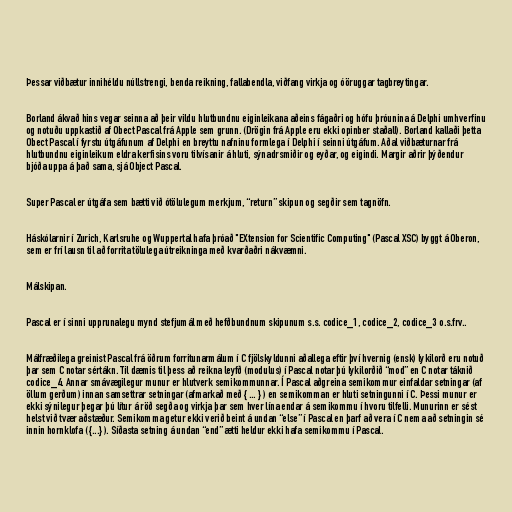
Þessar viðbætur innihéldu núllstrengi, benda reikning, fallabendla, viðfang virkja og óöruggar tagbreytingar.

Borland ákvað hins vegar seinna að þeir vildu hlutbundnu eiginleikana aðeins fágaðri og hófu þróunina á Delphi umhverfinu
og notuðu uppkastið af Obect Pascal frá Apple sem grunn. (Drögin frá Apple eru ekki opinber staðall). Borland kallaði þetta
Obect Pascal í fyrstu útgáfunum af Delphi en breyttu nafninu formlega í Delphi í seinni útgáfum. Aðal viðbæturnar frá
hlutbundnu eiginleikum eldra kerfisins voru tilvísanir á hluti, sýnadrsmiðir og eyðar, og eigindi. Margir aðrir þýðendur
bjóða uppa á það sama, sjá Object Pascal.

Super Pascal er útgáfa sem bætti við ótölulegum merkjum, “return” skipun og segðir sem tagnöfn.

Háskólarnir í Zurich, Karlsruhe og Wuppertal hafa þróað "EXtension for Scientific Computing" (Pascal XSC) byggt á Oberon,
sem er frí lausn til að forrita tölulega útreikninga með kvarðaðri nákvæmni.

Málskipan.

Pascal er í sinni upprunalegu mynd stefjumál með hefðbundnum skipunum s.s. codice_1, codice_2, codice_3 o.s.frv..

Málfræðilega greinist Pascal frá öðrum forritunarmálum í C fjölskyldunni aðallega eftir því hvernig (ensk) lykilorð eru notuð
þar sem C notar sértákn. Til dæmis til þess að reikna leyfð (modulus) í Pascal notar þú lykilorðið “mod” en C notar táknið
codice_4. Annar smávægilegur munur er hlutverk semikommunnar. Í Pascal aðgreina semikommur einfaldar setningar (af
öllum gerðum) innan samsettrar setningar (afmarkað með { ... } ) en semikomman er hluti setningunni í C. Þessi munur er
ekki sýnilegur þegar þú lítur á röð segða og virkja þar sem hver lína endar á semikommu í hvoru tilfelli. Munurinn er sést
helst við tvær aðstæður. Semikomma getur ekki verið beint á undan “else” í Pascal en þarf að vera í C nema að setningin sé
innin hornklofa ( {...} ). Síðasta setning á undan “end” ætti heldur ekki hafa semikommu í Pascal.